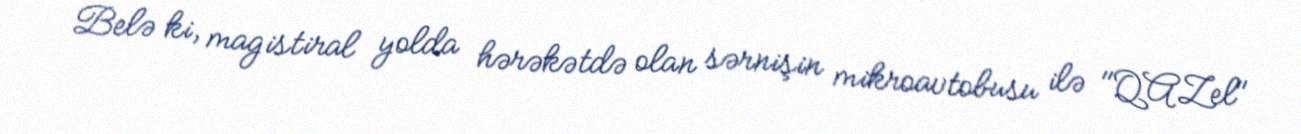
Belə ki, magistiral yolda hərəkətdə olan sərnişin mikroavtobusu ilə "QAZel"